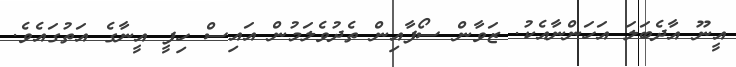
އީނޫ އާދެބަލަ އަހަންނާއެކު. ޒަވާން ސޯފާއިން ތެދުވެލަމުން އައިސް ހިފީ އީނާގެ އަތުގައެވެ.